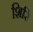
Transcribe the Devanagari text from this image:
शिरिं